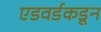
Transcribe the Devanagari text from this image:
एडवर्डकडून